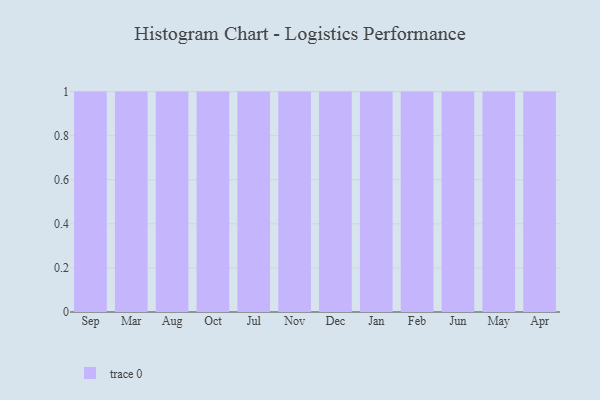
{"axis": {"x": "Month", "y": "Churn Rate (%)"}, "legend": [""], "data": [{"x": "Sep", "y": 9, "type": ""}, {"x": "Mar", "y": 42, "type": ""}, {"x": "Aug", "y": 6, "type": ""}, {"x": "Oct", "y": 23, "type": ""}, {"x": "Jul", "y": 90, "type": ""}, {"x": "Nov", "y": 51, "type": ""}, {"x": "Dec", "y": 56, "type": ""}, {"x": "Jan", "y": 80, "type": ""}, {"x": "Feb", "y": 66, "type": ""}, {"x": "Jun", "y": 21, "type": ""}, {"x": "May", "y": 33, "type": ""}, {"x": "Apr", "y": 39, "type": ""}]}